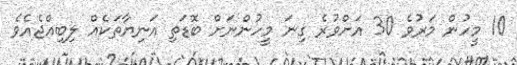
10 މީހުން މަރުވެ 30 އަށްވުރެ ގިނަ މީހުންނަށް ބޮޑަތި އަނިޔާތަކެއް ލިބިއްޖެއެވެ